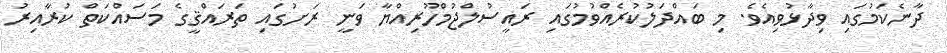
ދާނެކަމުގައި ވިދާޅުވިއެވެ. މި ބައްދަލުކުރެއްވުމުގައި ރައީސުލްޖުމްހޫރިއްޔާ ވަނީ ރަށުގައި ތަރައްޤީގެ މަސައްކަތް ކުރާއިރު